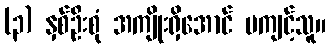
(၃) နှစ်ဦးစုံ အကျိုးရှိအောင် မကျင့်သူ။